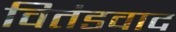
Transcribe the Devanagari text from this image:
वितंडवाद